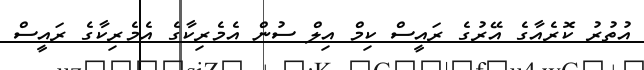
އުތުރު ކޮރެއާގެ އޭރުގެ ރައީސް ކިމް އިލް ސުން އެމެރިކާގެ އެމެރިކާގެ ރައީސް